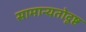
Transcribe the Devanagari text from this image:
सामान्यतोदृष्ट